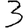
Digit: 3